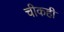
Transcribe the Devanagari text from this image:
चीकही